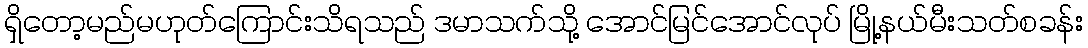
ရှိတော့မည်မဟုတ်ကြောင်းသိရသည် ဒမာသက်သို့ အောင်မြင်အောင်လုပ် မြို့နယ်မီးသတ်စခန်း